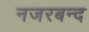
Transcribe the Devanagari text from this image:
नजरबन्‍द